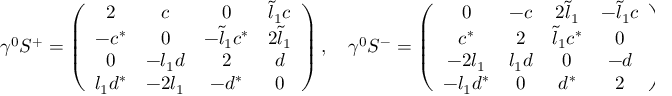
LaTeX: \gamma ^ { 0 } S ^ { + } = \left( \begin{array} { c c c c } { { 2 } } & { { c } } & { { 0 } } & { { \tilde { l } _ { 1 } c } } \\ { { - c ^ { * } } } & { { 0 } } & { { - \tilde { l } _ { 1 } c ^ { * } } } & { { 2 \tilde { l } _ { 1 } } } \\ { { 0 } } & { { - l _ { 1 } d } } & { { 2 } } & { { d } } \\ { { l _ { 1 } d ^ { * } } } & { { - 2 l _ { 1 } } } & { { - d ^ { * } } } & { { 0 } } \end{array} \right) , \quad \gamma ^ { 0 } S ^ { - } = \left( \begin{array} { c c c c } { { 0 } } & { { - c } } & { { 2 \tilde { l } _ { 1 } } } & { { - \tilde { l } _ { 1 } c } } \\ { { c ^ { * } } } & { { 2 } } & { { \tilde { l } _ { 1 } c ^ { * } } } & { { 0 } } \\ { { - 2 l _ { 1 } } } & { { l _ { 1 } d } } & { { 0 } } & { { - d } } \\ { { - l _ { 1 } d ^ { * } } } & { { 0 } } & { { d ^ { * } } } & { { 2 } } \end{array} \right) ,